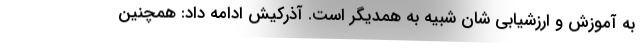
به آموزش و ارزشیابی شان شبیه به همدیگر است. آذرکیش ادامه داد: همچنین